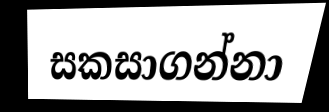
සකසාගන්නා